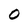
Character: 0